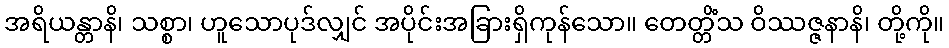
အရိယန္တာနိ၊ သစ္စာ၊ ဟူသောပုဒ်လျှင် အပိုင်းအခြားရှိကုန်သော။ တေတ္တိံသ ဝိဿဇ္ဇနာနိ၊ တို့ကို။